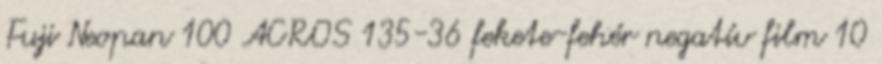
Fuji Neopan 100 ACROS 135-36 fekete-fehér negatív film 10